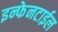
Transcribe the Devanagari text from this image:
इन्फेनटाईल